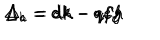
\Delta _ { a } = e k - q f h \hspace { 2 c m } \Delta _ { b } = d k - q f g \hspace { 2 c m } \Delta _ { c } = d h - q e g